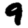
Digit: 9